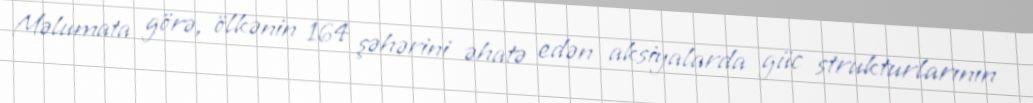
Məlumata görə, ölkənin 164 şəhərini əhatə edən aksiyalarda güc strukturlarının